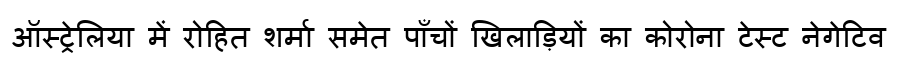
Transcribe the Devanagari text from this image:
ऑस्ट्रेलिया में रोहित शर्मा समेत पाँचों खिलाड़ियों का कोरोना टेस्ट नेगेटिव